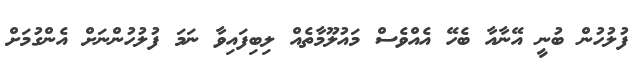
ފުލުހުން ބުނީ އޭނާއާ ބެހޭ އެއްވެސް މައުލޫމާތެއް ލިބިފައިވާ ނަމަ ފުލުހުންނަށް އެންގުމަށް